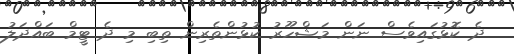
ދެ ކޮޅުގައިވެސް ނަން މަޝްހޫރު ކުޅުންތެރިން ތިބި މި ދެ ޓީމް ބައްދަލު